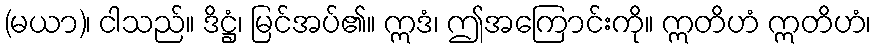
(မယာ)၊ ငါသည်။ ဒိဋ္ဌံ၊ မြင်အပ်၏။ ဣဒံ၊ ဤအကြောင်းကို။ ဣတိဟံ ဣတိဟံ၊